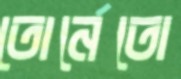
তোর্নেতো